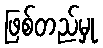
ဖြစ်တည်မှု